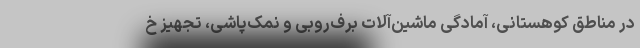
در مناطق کوهستانی، آمادگی ماشین‌آلات برف‌روبی و نمک‌پاشی، تجهیز خ